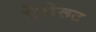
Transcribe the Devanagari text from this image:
ऐरोरूट